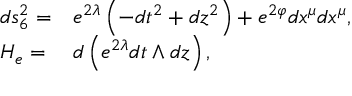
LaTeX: \begin{array} { l l } { { d s _ { 6 } ^ { 2 } = } } & { { e ^ { 2 \lambda } \left( - d t ^ { 2 } + d z ^ { 2 } \right) + e ^ { 2 \varphi } d x ^ { \mu } d x ^ { \mu } , } } \\ { { H _ { e } = } } & { { d \left( e ^ { 2 \lambda } d t \wedge d z \right) , } } \end{array}